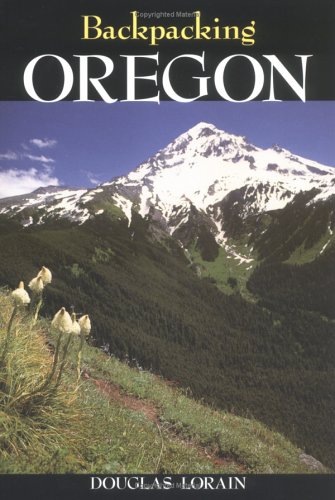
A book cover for Backpacking Oregon; Douglas A. Lorain; Travel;